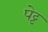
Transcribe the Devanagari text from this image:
पेट्ट